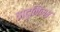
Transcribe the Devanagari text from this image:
बोटुलिज्म